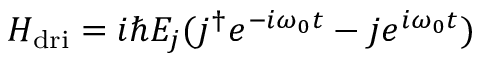
H _ { \mathrm { { d r i } } } = i \hbar E _ { j } ( j ^ { \dagger } e ^ { - i \omega _ { 0 } t } - j e ^ { i \omega _ { 0 } t } )